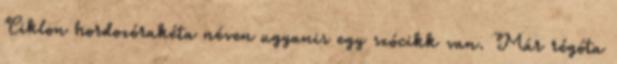
Ciklon hordozórakéta néven ugyanis egy szócikk van. Már régóta